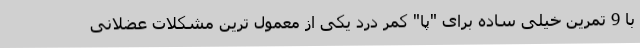
با 9 تمرین خیلی ساده برای "پا" کمر درد یکی از معمول ترین مشکلات عضلانی